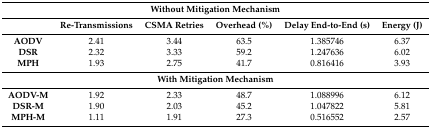
| <COLSPAN=6> Without Mitigation Mechanism |
 | --- | --- | --- | --- | --- | --- |
 |  | Re-Transmissions | CSMA Retries | Overhead (%) | Delay End-to-End (s) | Energy (J) |
 | AODV | 2.41 | 3.44 | 63.5 | 1.385746 | 6.37 |
 | DSR | 2.32 | 3.33 | 59.2 | 1.247636 | 6.02 |
 | MPH | 1.93 | 2.75 | 41.7 | 0.816416 | 3.93 |
 | <COLSPAN=6> With Mitigation Mechanism |
 | AODV-M | 1.92 | 2.33 | 48.7 | 1.088996 | 6.12 |
 | DSR-M | 1.90 | 2.03 | 45.2 | 1.047822 | 5.81 |
 | MPH-M | 1.11 | 1.91 | 27.3 | 0.516552 | 2.57 |